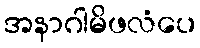
အနာဂါမိဖလံပေ